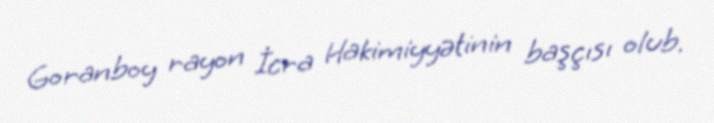
Goranboy rayon İcra Hakimiyyətinin başçısı olub.